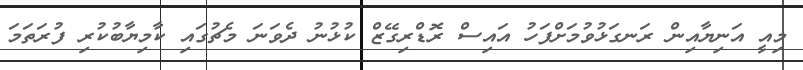
މިއީ އަނިޔާއިން ރަނގަޅުވުމަށްފަހު އައިސް ރޮޑްރިގޭޒް ކުޅުނު ދެވަނަ މެޗުގައި ކާމިޔާބުކުރި ފުރަތަމަ